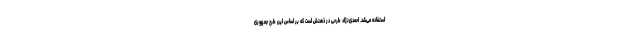
استفاده می‌شد. احمدی‌نژاد طرحی در ذهنش است که بر اساس این طرح جمهوری